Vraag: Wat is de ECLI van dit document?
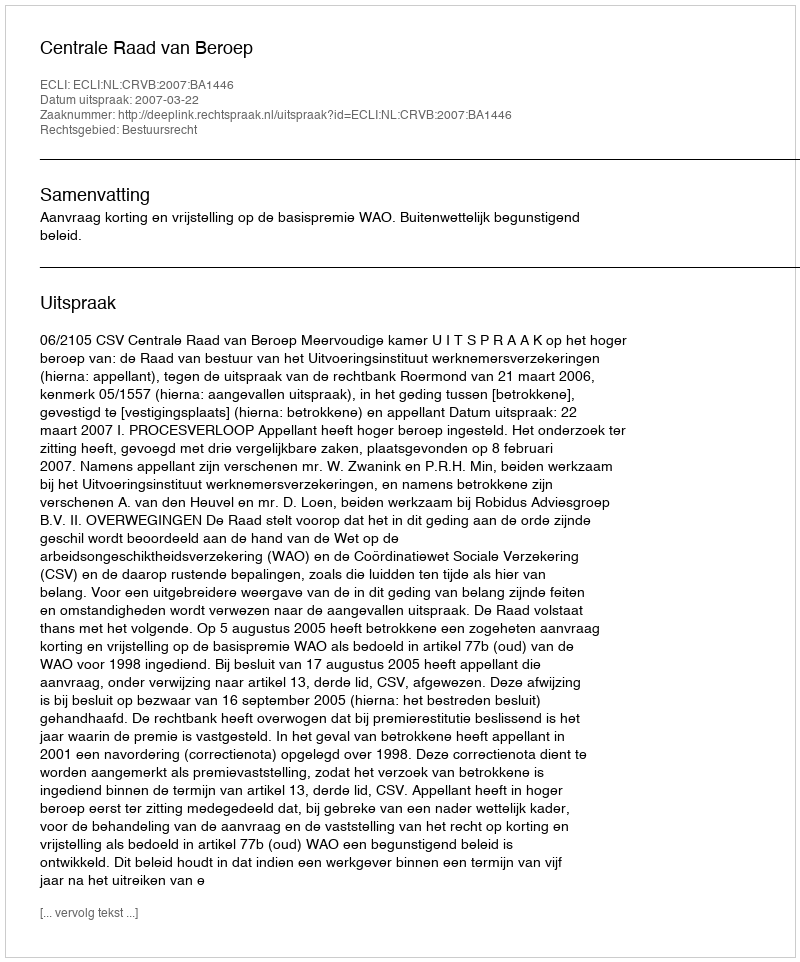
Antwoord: ECLI:NL:CRVB:2007:BA1446